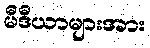
မီဒီယာများအား